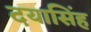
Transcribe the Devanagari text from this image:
दयासिंह